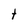
Character: t